Vital statistics of India. Vol. V, Reports of 1876 on armies & jails and on epidemic cholera
Year: 1876
Disease focus: Cholera
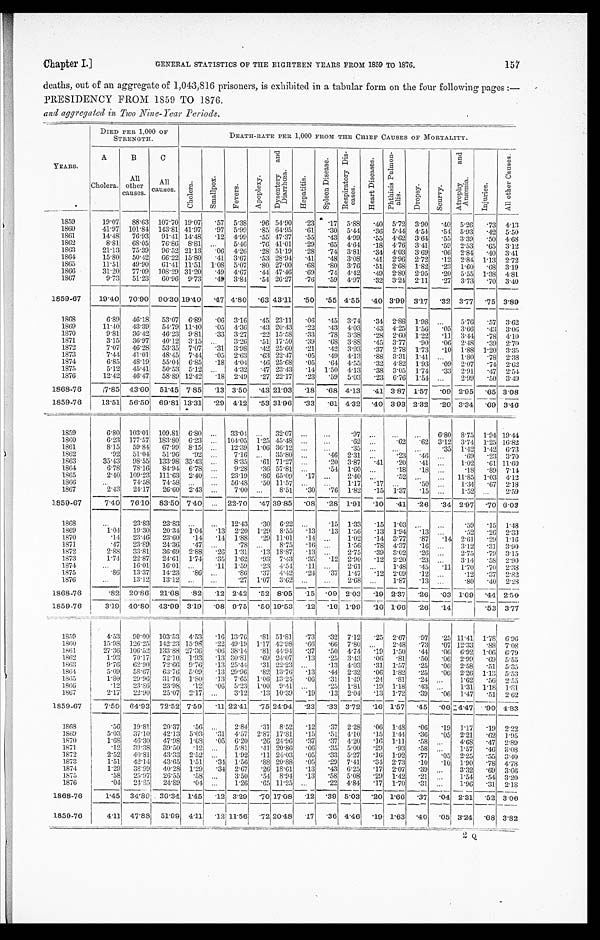
Chapter I.]
GENERAL STATISTICS OF THE EIGHTEEN YEARS FROM 1859 TO 1876.
157
deaths, out of an aggregate of 1,043,816 prisoners, is exhibited in a tabular form on the four following pages:—
PRESIDENCY FROM 1859 TO 1876.
and aggregated in Two Nine-Year Periods.
YEARS.
DIED PER 1,000 OF
STRENGTH.
DEATH-RATE PER 1,000 FROM THE CHIEF CAUSES OF MORTALITY.
A
Cholera.
B
All
other
causes.
C
All
causes.
C h o l e r a .
Smal l pox.
F e v e r s .
Apopl exy.
D y s e n t e r y a n d D i a r r h œ a .
H e p a t i t i s .
S p l e e n D i s e a s e .
R e s p i r a t o r y D i s - e a s e s .
H e a r t D i s e a s e s .
P h t h i s i s P u l m o n - a l i s .
D r o p s y .
S c u r v y .
At r o p h y a n d An æ mi a .
I n j u r i e s .
A l l o t h e r C a u s e s .
1859
19.07
88.63
107.70 19.07
.57
5.38
.96 54.90
.23 .17
5.88
.40
5.72
3.90
. 4 0
5.26
.73
4.13
1860
41.97
101.84
143.81 41.97
.97
5.99
.85 64.95
.61
.30
5.44
.36
5.44
4.54
.54
5.93
.42
5.50
1861
14.48
76-93
91.41 14.48
.12 4.99
.55 47.37
.55
.43
4.99
.55
4.62
3.64
.55
3.39
.50
4.68
1862
8.81
68.05
76.86
8.81 . . .
5.46
.76 41.01
.29
.65
4.64
.18
4.76
3.41
.59
2.53
.65
3.12
1863
21.13
75.39
96.52 21.13
.06 4.26
.28 51.19
.28
.74
3.81
.34
4.03
3.69
.06
2.84
.40
3.41
1864
15.80
50.42
66.22 15.80
.41
3.67
.53 28.94
.41
.48
3.08
.41
2.96
2.72
.12
2.84
1.13
2.72
1865
11.51
49.90
61.41 11.51
1.08
5.07
.80 27.00
.68
.80
3.76
.51
2.68
1.82
.23
1.60
.68
3.19
1866
31.20
77.09
108.29 31.20
.49 4.67
.44 47.46
.69
. 7 4 4.42
.49
2 . 8 0
2.95
.20
5.55
1.38
4.81
1867
9.73
51.23
60.96 9.73
.49 3.84
.54 26.27
.76
.59
4.97
.32
3.24
2.11
.27
3.73
.70
3.40
1859-67
19.40
70.90
90.30 19.40
.47 4.80
.63 43.11
.50
.55 4.55
.40 3.99
3.17
.32
3.77 .75 3.89
1868
6.89
46.18
53.07
6.89
.06
3.16
.45 23.11
.06
.45
3.74
.34
2.88
1.98
. . .
5.76 .57
3.62
1869
11.40
43.39
54.79 11.40
.05
4.36
.43 20.43
.22
.43
4.03
.43
4.25
1.56
.05
3.66
.43
3.06
1870
9.81
36.42
46.23
9.81
.33
3.27
.22 15.58
.33
.78
3.38
.28 2.60
1.22
.11
3.44
.78
4.10
1871
3.15
36.97
40.12
3.15 . . .
3.26
.51 17.50
.39
.68
3.88
.45
3.77
.90
.06
2.48
.39
2.70
1872
7.07
46.28
53.35
7.07
. 31
3.98
.42 25.60
.21
.42
3.93
.37
2.78
1.73
.10
1.88
1.20
3.35
1873
7.44
41.01
48.45
7.44
.05
2.63
.63 22.47
.05
.49
4.13
.88
3.31
1.41
. . .
1.80
.78
2.38
1874
6.85
48.19
55.04
6.85
.18
4.04
.46 25.68
.05
.64
4.55
.32
4.82
1.93
.09
2.07
.74
2.62
1875
5.12
45.41
50.53
5.12 . . .
4.32
.47 23.43
.14
1.50
4.13
.38
3.05
1.74
.33
2.91
.47
2.54
1876
12.42
46.47
58.89 12.42
.18
2.49
.27 22.17
.23
.59
5.03
.23
6.76
1.54
. . .
2.99
.50
3.49
1868-76
7.85
43.60
51.45 7.85
.13 3.50
.43 21.93
.18
.68 4.13
.41 3.87
1.57
.09 2.95
.65 3.08
1859-76
13.51
56.50
69.81 13.31
.29 4.12
. 5 3 31.96
. 3 3
.61 4.32
.40 3.93 2.32
.20 3.34
.69 3.46
1859
6.80
103.01
109.81
6.80
. . .
33.04
. . .
32.07
. . .
. . .
.97
. . .
. . .
. . .
6.80
8.75
1.94 19.44
1860
6.23
177.57
183.80
6.23 . . .
104.05
1.25 45.48
. . .
. . .
.62
. . . .62
.62
3.12
3.74
1.25 16.82
1861
8.15
59.84
67.99
8.15 . . .
12.39
1.06 36.12
. . .
. . .
.35
. . .
. . .
. . .
.35
1.42
1.42
6.73
1862
.92
51.04
51.96
.92 . . .
7.16
. . .
35.80
. . .
.46
2.31
. . .
.23
.46
. . .
.69
.23
3.70
1863
35.43
98.55
133.98 35.43
. . .
8.35
.61 71.27
. . .
.20
3.87
.41
.20
.41
. . .
1.02
.61 11.60
1864
6.78
78.16
84.94
6.78
. . .
9.28
.36 57.81
. . .
54
1.60
. . .
.18
.18
. . .
.18
.89
7.14
1865
2.40
109.23
111.63
2.40
. . .
23.19
.86 65.09
.17
. . .
2.40
. . .
.52
. . .
. . .
11.85
1.03
4.12
1866
. . .
74.58
74.58
. . .
. . .
56.48
.50 11.57
. . .
. . .
1.17
.17
. . .
.50
. . .
1.34
.67
2.18
1867
2.43
24.17
26.60
2.43
. . .
7.00
. . .
8.51
.30
.76
1.82
.15
1.37
.15
. . .
1.52
. . .
2.59
1859-67
7.40
76.10
83.50 7.40
. . . 22.70
. 4 7 39.85
.08
.28
1.91
.10
.41
.26
.34 2.97
.70 6.03
1868
. . .
23.83
23.83
. . .
. . .
12.43
.30
6.22
. . .
.15
1.33
.15
1.03
. . .
. . .
.59
.15
1.48
1869
1.04
19.30
20.34
1 . 0 4
.13
2.20
1.29
8.55
.13
.13
1.56
.13
1.94
.13
. . .
.52
.26
2.33
1870
.14
23.46
23.60
.14
.14
1.88
.29 11.01
.14
. . .
1.02
.14
3.77
.87
.14
2.61
.29
1.16
1871
.47
23.89
24.36
.47
. . .
. 7 8
. . .
8.75
.16
. . .
1.56
.78
4.37
.16
. . .
3.12
.31
3.90
1872
2.88
33.81
36.69
2.88
.26
1.31
.13 18.87
.13
. . .
2.75
.39
3.02
.26
. . .
2.75
.79
3.15
1873
1.74
22.87
24.61
1.74
.35
1.62
.93
7.43
.35
.12
2.90
.12
2.20
.23
. . .
3.14
.58
2.90
1874
. . .
16.01
16.01
. . .
.11
1.59
.23
4.54
.11
. . .
2.61
. . .
1.48
.45
.11
1.70
.70
2.38
1875
. 8 6
13.37
14.23
.86
. . .
. 8 6 .37
4.42
.24
.37
1.47
.12
2.09
.12
. . .
.12
.37
2.82
1876
. . .
13.12
13.12
. . .
. . .
. 2 7 1.07
3.62
. . .
. . .
2.68
. . .
1.87
.13
. . .
.80
.40
2.28
1868-76 .82
20.86
21.68
.82
.12 2.42
.52 8.05
.15
.09 2.03
.19 2.37
.26
.03 1.69
.44 2.50
1859-76
3.19
40.80
43.99 3.19
.08 9.75
.50 19.53
.12
.16 1.99
. 1 6
1.66
.26
. 1 4
.53
3.77
1859
4.53
99.00
103.53
4.53
.16 13.76
.81 51.81
.73
.32 7.12
.25
2.67
.97
.25 11.41
1.78
6.96
1860
15.98
126.25
142.23 15.98
.22 49.19
1.17 42.98
.66
.66
7.80
. . .
2.48
.73
.07 12.33
.88
7.08
1861
27.36
106.52
133.88 27.36
.06 38.14
.81 44.94
.37
.50
4.74
.19
1.50
.44
.06 6.92
1.06
6.79
1862
1.93
70.17
72.10
1.93
.13 30.81
.69 24.07
.13
.25
3.43
.06
.81
.50
.06
2.99
.69
5.55
1863
9.76
62.90
72.66
9.76
.13 25.44
.31 22.23
. . .
.13
4.03
.31
1.57
.25
.06
2.58
.51
5.35
1864
5.09
58.67
63.76
5.09
.13 29.96
.82 13.76
.13
.44
2.32
.06
1.82
.25
.06
2.26
1.13
5.53
1865
1.80
29.96
31.76
1.80
.13
7.65
1.06 13.24
.06
.31
1.49
.24
.81
. 2 4
. . .
1.62
.56
2.55
1866
.12
23.86
23.98
.12
.06 5.23
1.00
9.41
. . .
.25
1.81
.19
1.18
.43
. . .
1.31
1.18
1.81
1867
2.17
22.90
25.07
2.17
. . .
3.12
.13 10.39
.19
.13
2.04
.13
1.72
.39
.06
1.47
.51
2.62
1859-67
7.59 64.93
72.52 7.59 .11 22.41
.75 24.94
.23
.33 3.72
.16 1.57
.45
.06 4.47 .90 4.83
1868
.56
19.81
20.37
.56
. . .
2.84
.31
8.52
.12
.37
2.28
.06
1.48
.06
.19
1.17
.19
2.22
1869
5.03
37.10
42.13
5.03
.31
4.57
2.87 17.81
.15
.51
4.10
.15
1.44
.36
.05
2.21
.62
1.95
1870
1.68
46.30
47.98
1.68
.05
6.20
.26 24.96
.37
.37
4.20
.16
1.11
.58
. . .
4.68
.47
2.89
1871
.12
39.38
39.50
.12
. . .
5.81
. 4 1 20.86
.06
.35
5.00
.29
.93
.58
. . .
1.57
.46 3.08
1872
2.52
40.81
43.33
2.52
. . .
1.92
.11 24.03
.05
.33
5.27
.16
1.92
.77
.05
2.25
.55
3.40
1873
1.51
42.14
43.65
1.51
.34 1.56
.88 20.88
.05
.29
7.41
.34 2.73
.10
.10
1.90
.78
4.78
1874
1.29
38.99
40.28
1.29
.34
2.67
.26 18.61
.13
.43
6.25
.17
2.07
.39
. . .
3.32
. 6 9 3.66
1875
.58
25.97
26.55
.58
. . .
3.50
.54
8.94
.13
.58
5.08
.29
1.42
.21
. . .
1.54
.54
3.20
1876
.04
24.85
24.89
.04
. . .
1.26
.65 11.25
. . .
.22
4.84
.17
1.70
.31
. . .
1.96
.31
2.18
1868-76
1.45
34.89 36.34 1.45
.12 3.29
.70 17.08
.12
. 3 9 5.03
.20 1.66
.37
.04
2.31 .52 3.06
1859-76
4 . 1 1 47.88
51.99
4.11 .12
1 1 . 5 6
. 7 2 20.48
.17
.36 4.46
.19 1.63
.40
. 0 5 3.24
.68 3.82
2 Q